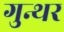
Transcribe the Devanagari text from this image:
गुन्थर